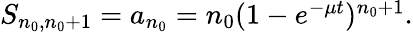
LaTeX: \begin{array}{r}{S_{n_{0},n_{0}+1}=a_{n_{0}}=n_{0}(1-e^{-\mu t})^{n_{0}+1}.}\end{array}